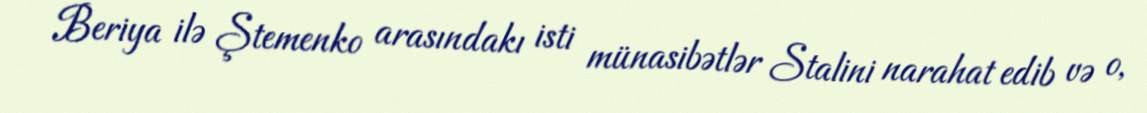
Beriya ilə Ştemenko arasındakı isti münasibətlər Stalini narahat edib və o,